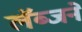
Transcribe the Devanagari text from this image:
लॅब्जने